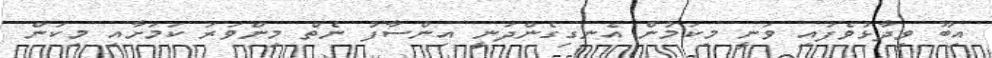
އިބޫ ވިދާޅުވެފައި ވަނީ މިކަމުން އެނގިގެންދަނީ އިންސާފު ނެތް މިންވަރު ކަމަށާއި މިކަން